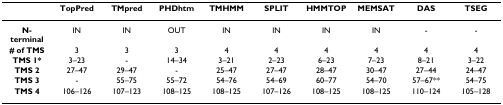
<table><thead><tr><td></td><td><b>TopPred</b></td><td><b>TMpred</b></td><td><b>PHDhtm</b></td><td><b>TMHMM</b></td><td><b>SPLIT</b></td><td><b>HMMTOP</b></td><td><b>MEMSAT</b></td><td><b>DAS</b></td><td><b>TSEG</b></td></tr></thead><tbody><tr><td><b>N-terminal</b></td><td>IN</td><td>IN</td><td>OUT</td><td>IN</td><td>IN</td><td>IN</td><td>IN</td><td>-</td><td>-</td></tr><tr><td><b># of TMS</b></td><td>3</td><td>3</td><td>3</td><td>4</td><td>4</td><td>4</td><td>4</td><td>4</td><td>4</td></tr><tr><td><b>TMS 1*</b></td><td>3–23</td><td>-</td><td>14–34</td><td>3–21</td><td>2–23</td><td>6–23</td><td>7–23</td><td>8–21</td><td>3–22</td></tr><tr><td><b>TMS 2</b></td><td>27–47</td><td>29–47</td><td>-</td><td>25–47</td><td>27–47</td><td>28–47</td><td>30–47</td><td>27–44</td><td>24–47</td></tr><tr><td><b>TMS 3</b></td><td>-</td><td>55–75</td><td>55–72</td><td>54–76</td><td>54–69</td><td>60–77</td><td>54–70</td><td>57–67**</td><td>54–75</td></tr><tr><td><b>TMS 4</b></td><td>106–126</td><td>107–123</td><td>108–125</td><td>108–125</td><td>107–126</td><td>108–125</td><td>108–125</td><td>110–124</td><td>105–128</td></tr></tbody></table>